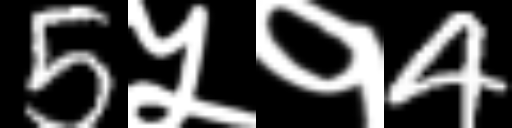
Text: 5५१4